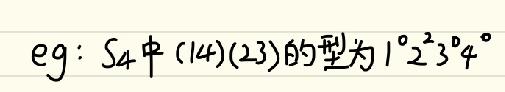
$eg: S_4中(14)(23)的型为1^02^23^04^0$